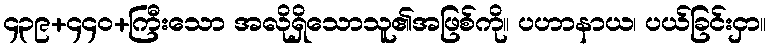
၄၃၉+၄၄၀+ကြီးသော အလိုရှိသောသူ၏အဖြစ်ကို။ ပဟာနာယ၊ ပယ်ခြင်းငှာ။